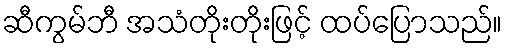
ဆီကွမ်ဘီ အသံတိုးတိုးဖြင့် ထပ်ပြောသည်။